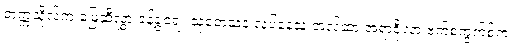
တက္ကသိုလ်က မြေဆီလွှာ ခန့်ခွဲရေး သုတေသန လုပ်နေသူ အဲလ်ဆာ အရာဇိုလာ ဗက်စကွက်စ်က